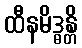
ထီနမိဒ္ဓန္တိ